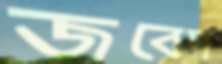
জবেদ